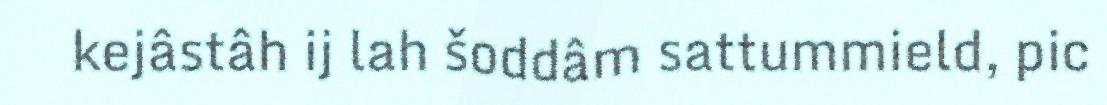
kejâstâh ij lah šoddâm sattummield, pic